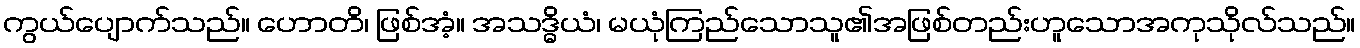
ကွယ်ပျောက်သည်။ ဟောတိ၊ ဖြစ်အံ့။ အသဒ္ဓိယံ၊ မယုံကြည်သောသူ၏အဖြစ်တည်းဟူသောအကုသိုလ်သည်။